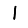
Digit: 1